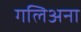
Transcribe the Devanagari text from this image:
गलिअना